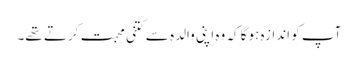
آپ کو اندازہ ہوگا کہ وہ اپنی والدہ سے کتنی محبت کرتے تھے۔